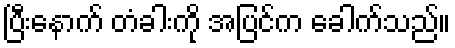
ပြီးနောက် တံခါးကို အပြင်က ခေါက်သည်။